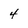
Character: 4